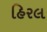
હિરલ